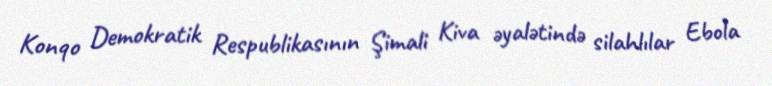
Konqo Demokratik Respublikasının Şimali Kiva əyalətində silahlılar Ebola